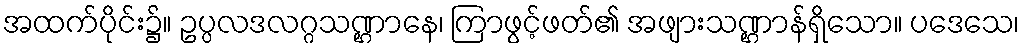
အထက်ပိုင်း၌။ ဥပ္ပလဒလဂ္ဂသဏ္ဌာနေ၊ ကြာဖွင့်ဖတ်၏ အဖျားသဏ္ဌာန်ရှိသော။ ပဒေသေ၊